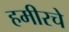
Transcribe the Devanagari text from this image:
हमीरचे